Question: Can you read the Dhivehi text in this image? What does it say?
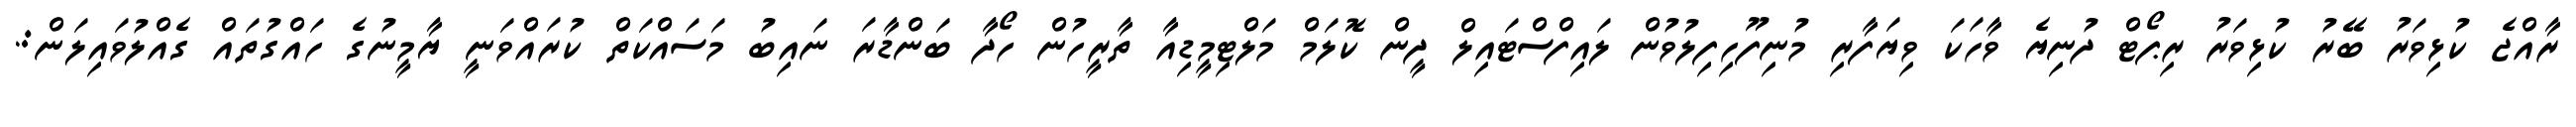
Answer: ރާއްޖެ ކުޅިވަރު ބޭރު ކުޅިވަރު ރިޕޯޓް ދުނިޔެ ވާހަކަ ވިޔަފާރި މުނިފޫހިފިލުވުން ލައިފްސްޓައިލް ދީން ކޮލަމް މަލްޓިމީޑިއާ ތާރީހުން ހޯދާ ބަންޑާރަ ނައިބު މަސައްކަތް ކުރައްވަނީ ޔާމީނުގެ ހައްގުތައް ގެއްލުވައިލަން:.